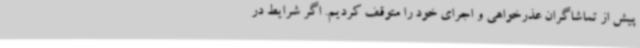
پیش از تماشاگران عذرخواهی و اجرای خود را متوقف کردیم. اگر شرایط در